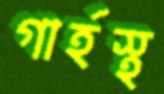
গার্হস্থ